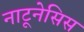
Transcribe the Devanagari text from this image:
नाटूनेसिस